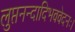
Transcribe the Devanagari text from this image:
लुप्तनन्दादिभववेदनः।